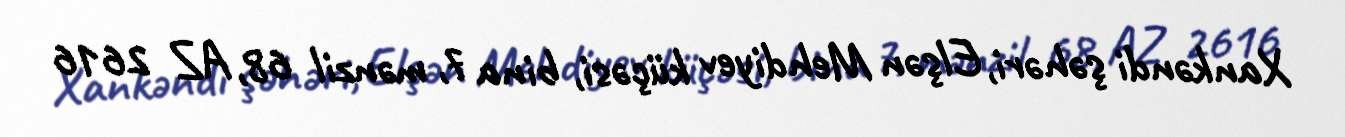
Xankəndi şəhəri, Elşən Mehdiyev küçəsi, bina 7, mənzil 68, AZ 2616